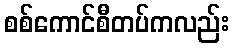
စစ်ကောင်စီတပ်ကလည်း